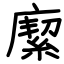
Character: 緳